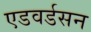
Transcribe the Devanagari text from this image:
एडवर्डसन